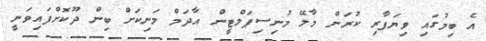
އެ ބިމުގައި ވިޔަފާރި ކުރަން މާލޭ މުނިސިޕަލްޓީން އާދަމް މަނިކަށް ބިން ދޫކޮށްފައިވަނީ